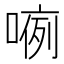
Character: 𱔂